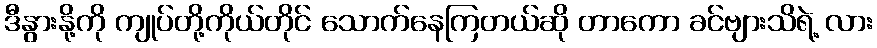
ဒီနွားနို့ကို ကျုပ်တို့ကိုယ်တိုင် သောက်နေကြတယ်ဆို တာကော ခင်ဗျားသိရဲ့ လား